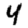
Digit: 4